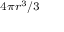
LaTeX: \scriptstyle 4 \pi r ^ { 3 } / 3